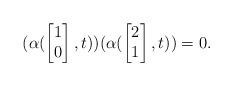
LaTeX: \begin{align*}(\alpha(\begin{bmatrix}1\\0\end{bmatrix},t))(\alpha(\begin{bmatrix}2\\1\end{bmatrix},t))=0.\end{align*}